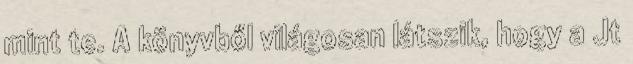
mint te. A könyvből világosan látszik, hogy a Jt